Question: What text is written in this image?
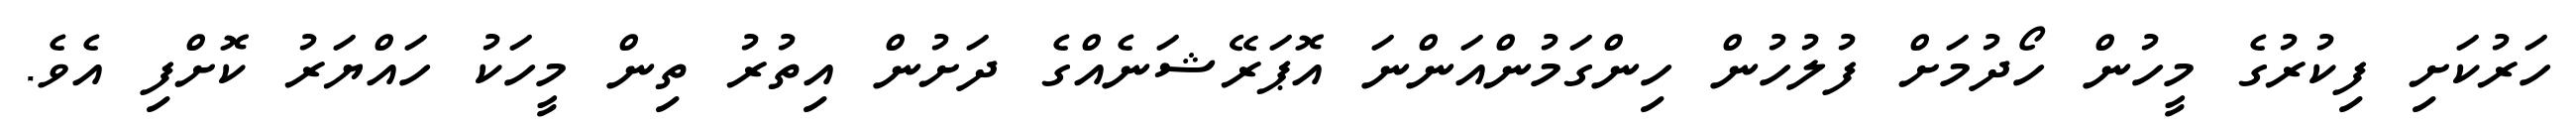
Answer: ހަރުކަށި ފިކުރުގެ މީހުން ހޯދުމަށް ފުލުހުން ހިންގަމުންއަންނަ އޮޕަރޭޝަނެއްގެ ދަށުން އިތުރު ތިން މީހަކު ހައްޔަރު ކޮށްފި އެވެ.